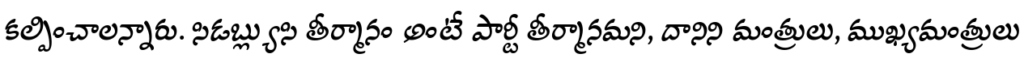
కల్పించాలన్నారు. సిడబ్ల్యుసి తీర్మానం అంటే పార్టీ తీర్మానమని, దానిని మంత్రులు, ముఖ్యమంత్రులు